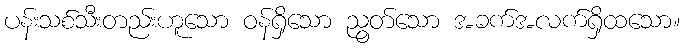
ပန်းသစ်သီးတည်းဟူသော ဝန်ရှိသော ညွတ်သော အခက်အလက်ရှိထသော။